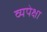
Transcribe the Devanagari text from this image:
व्यपेक्षा